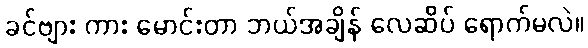
ခင်ဗျား ကား မောင်းတာ ဘယ်အချိန် လေဆိပ် ရောက်မလဲ။